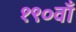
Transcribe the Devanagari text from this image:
१९०वाँ